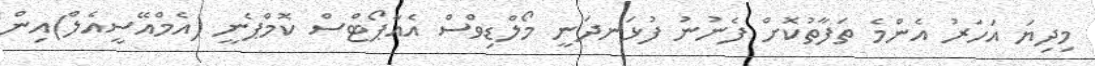
މިދިޔަ އަހަރު އެންމެ ތަފާތުކޮށް ފެނުނު ފުޅަނދަނީ މޯލްޑިވްސް އެއާޕޯޓްސް ކޮމްޕެނީ (އެމްއޭސީއެލް)އިން